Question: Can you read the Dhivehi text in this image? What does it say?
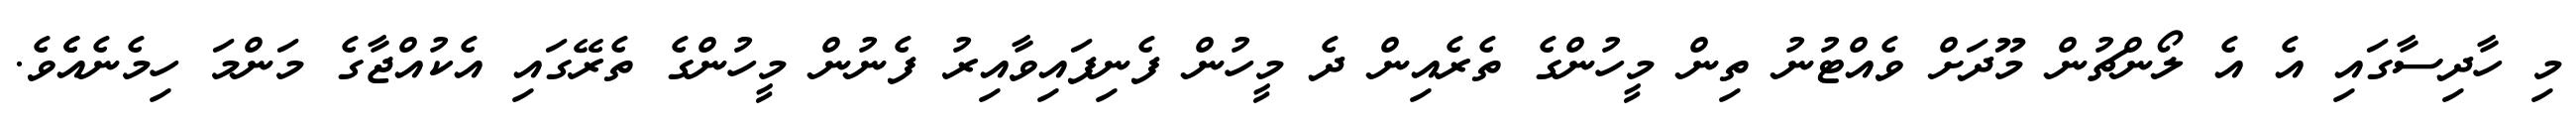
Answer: މި ހާދިސާގައި އެ އެ ލޯންޗުން މޫދަށް ވެއްޓުނު ތިން މީހުންގެ ތެރެއިން ދެ މީހުން ފެނިފައިވާއިރު ފެނުން މީހުންގެ ތެރޭގައި އެކުއްޖާގެ މަންމަ ހިމެނެއެެވެ.